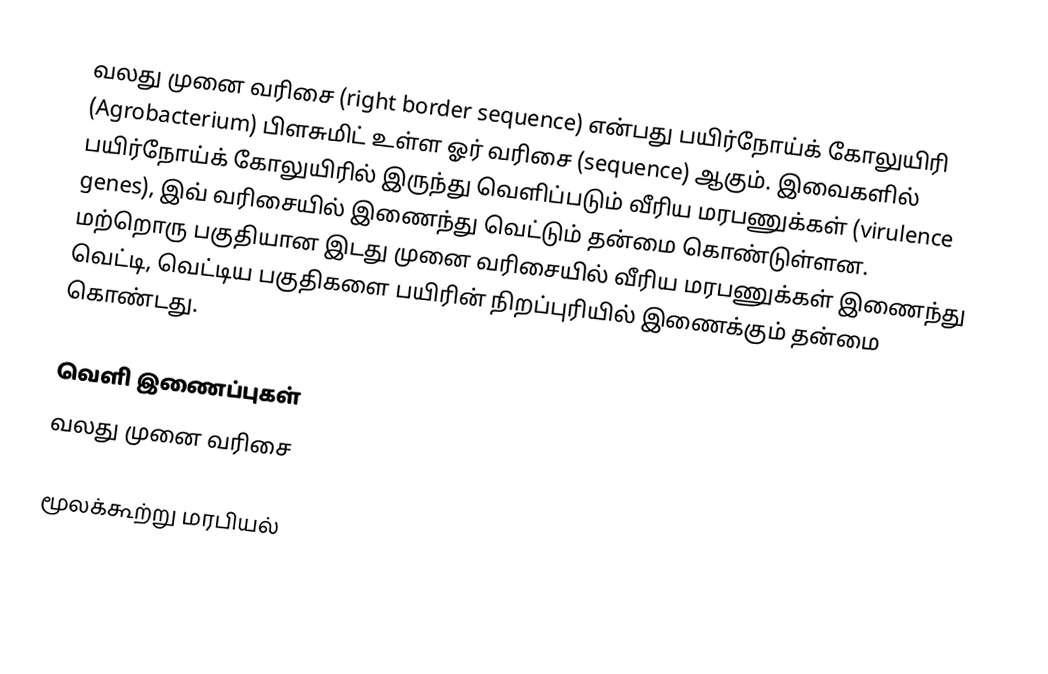
வலது முனை வரிசை (right border sequence) என்பது பயிர்நோய்க் கோலுயிரி (Agrobacterium) பிளசுமிட் உள்ள ஓர் வரிசை (sequence) ஆகும். இவைகளில் பயிர்நோய்க் கோலுயிரில் இருந்து வெளிப்படும் வீரிய மரபணுக்கள் (virulence genes), இவ் வரிசையில் இணைந்து வெட்டும் தன்மை கொண்டுள்ளன. மற்றொரு பகுதியான இடது முனை வரிசையில் வீரிய மரபணுக்கள் இணைந்து வெட்டி, வெட்டிய பகுதிகளை பயிரின் நிறப்புரியில் இணைக்கும் தன்மை கொண்டது.

வெளி இணைப்புகள்
 வலது முனை வரிசை

மூலக்கூற்று மரபியல்